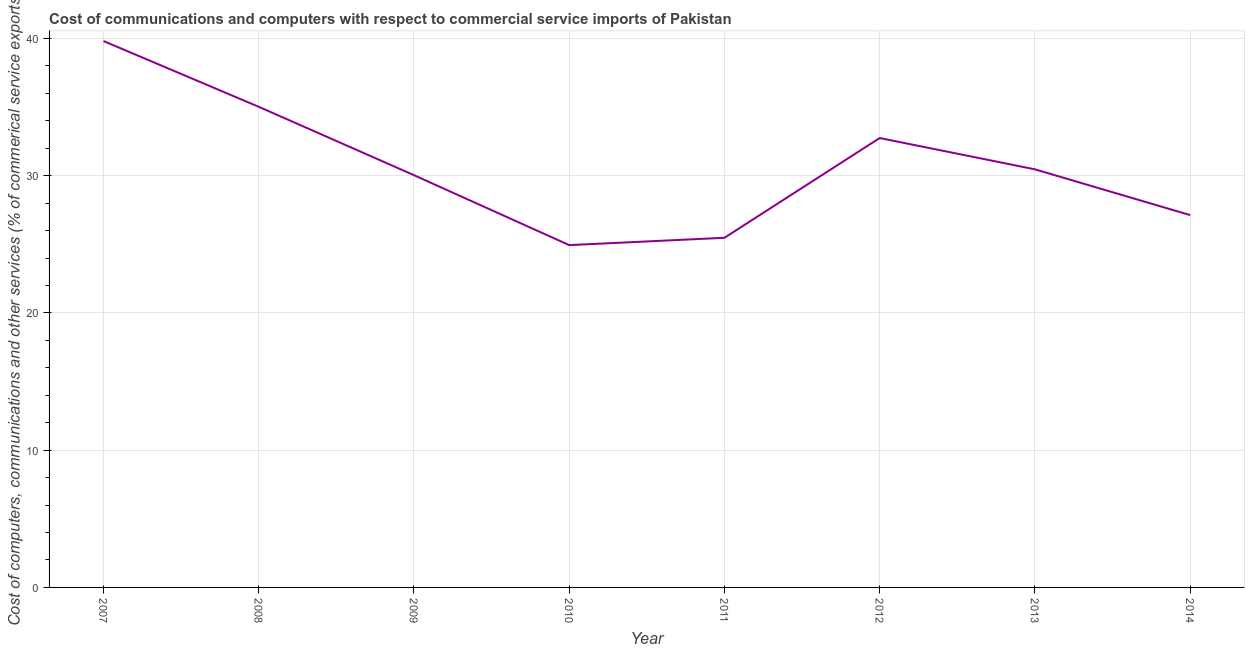
| Year | Computer |
 | --- | --- |
 | 2007 | 39.8 |
 | 2008 | 35 |
 | 2009 | 30 |
 | 2010 | 24.9 |
 | 2011 | 25.5 |
 | 2012 | 32.8 |
 | 2013 | 30.5 |
 | 2014 | 27.1 |